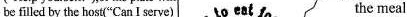
be filled by the host("Can I serve) the meal